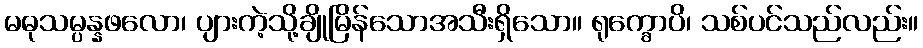
မဓုသမ္ပန္နဖလော၊ ပျားကဲ့သို့ချိုမြိန်သောအသီးရှိသော။ ရုက္ခောပိ၊ သစ်ပင်သည်လည်း။